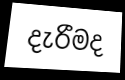
දැරීමද